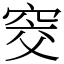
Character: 窔